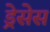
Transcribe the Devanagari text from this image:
ड्रेसेस